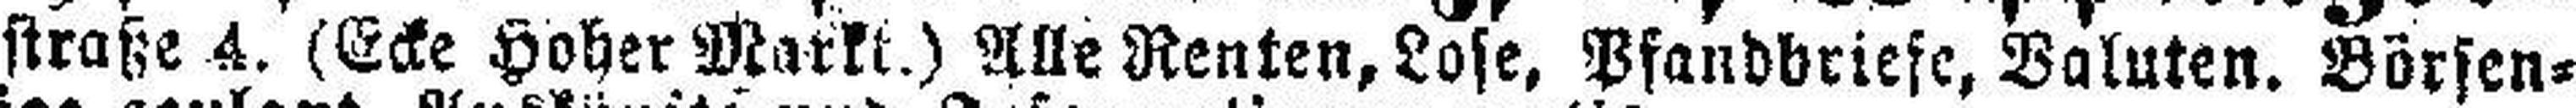
straße 4. (Ecke Hoher Markt.) Alle Renten, Lose, Pfandbriefe, Valuten. Börsen¬